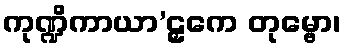
ကုဏ္ဍိကာယာ’ဠှကေ တုမ္ဗော၊